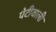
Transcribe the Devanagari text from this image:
पेटीवाली